Scientific memoirs by medical officers of the Army of India - Part XII,
Year: 1901
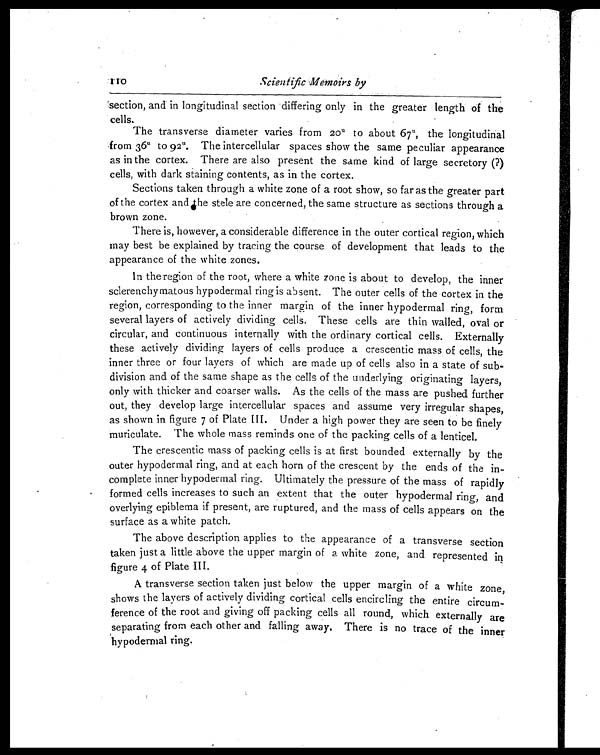
Scientific Memoirs by
section, and in longitudinal section differing only in the greater length of the
cells.
The transverse diameter varies from 20" to about 67", the longitudinal
from 36" to 92". The intercellular spaces show the same peculiar appearance
as in the cortex. There are also present the same kind of large secretory (?)
cells, with dark staining contents, as in the cortex.
Sections taken through a white zone of a root show, so far as the greater part
of the cortex and the stele are concerned, the same structure as sections through a
brown zone.
There is, however, a considerable difference in the outer cortical region, which
may best be explained by tracing the course of development that leads to the
appearance of the white zones.
In the region of the root, where a white zone is about to develop, the inner
sclerenchymatous hypodermal ring is absent. The outer cells of the cortex in the
region, corresponding to the inner margin of the inner hypodermal ring, form
several layers of actively dividing cells. These cells are thin walled, oval or
circular, and continuous internally with the ordinary cortical cells. Externally
these actively dividing layers of cells produce a crescentic mass of cells, the
inner three or four layers of which are made up of cells also in a state of sub
-division and of the same shape as the cells of the underlying originating layers,
only with thicker and coarser walls. As the cells of the mass are pushed further
out, they develop large intercellular spaces and assume very irregular shapes,
as shown in figure 7 of Plate III. Under a high power they are seen to be finely
muriculate. The whole mass reminds one of the packing cells of a lenticel.
The crescentic mass of packing cells is at first bounded externally by the
outer hypodermal ring, and at each horn of the crescent by the ends of the in-
complete inner hypodermal ring. Ultimately the pressure of the mass of rapidly
formed cells increases to such an extent that the outer hypodermal ring, and
overlying epiblema if present, are ruptured, and the mass of cells appears on the
surface as a white patch.
The above description applies to the appearance of a transverse section
taken just a little above the upper margin of a white zone, and represented in
figure 4 of Plate III.
A transverse section taken just below the upper margin of a white zone,
shows the layers of actively dividing cortical cells encircling the entire circum-
ference of the root and giving off packing cells all round, which externally are
separating from each other and falling away. There is no trace of the inner
hypodermal ring.
110